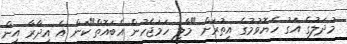
މުދަލުގެ އަގު ހެޔޮވުމުގެ އިތުރަށް "މާލީ ހަމަޖެހުން އެބައޮތް"ކަން އެ އިދާރާ އިން